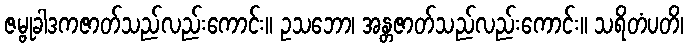
ဇမ္ဗုခါဒကဇာတ်သည်လည်းကောင်း။ ဥသဘော၊ အန္တဇာတ်သည်လည်းကောင်း။ သရိတံပတိ၊